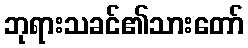
ဘုရားသခင်၏သားတော်